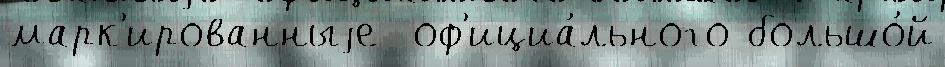
марк'ированныjе  оф'ициа́льного большо́й